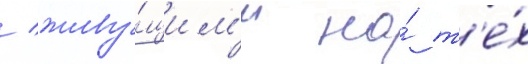
/ живу́щим'и на́ т'е́х